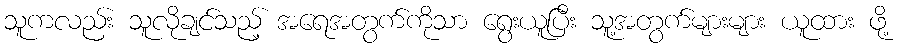
သူကလည်း သူလိုချင်သည့် အရေအတွက်ကိုသာ ရွေးယူပြီး သူ့အတွက်များများ ယူထား ဖို့